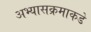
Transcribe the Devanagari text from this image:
अभ्यासक्रमाकडे